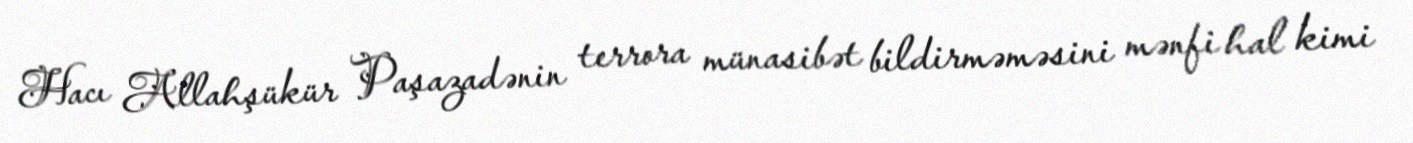
Hacı Allahşükür Paşazadənin terrora münasibət bildirməməsini mənfi hal kimi